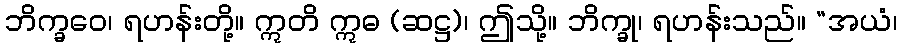
ဘိက္ခဝေ၊ ရဟန်းတို့။ ဣတိ ဣဓ (ဆဋ္ဌ)၊ ဤသို့။ ဘိက္ခု၊ ရဟန်းသည်။ “အယံ၊